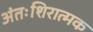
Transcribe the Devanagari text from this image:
अंतःशिरात्मक